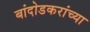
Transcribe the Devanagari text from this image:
बांदोडकरांच्या